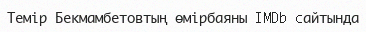
Темір Бекмамбетовтың өмірбаяны IMDb cайтында